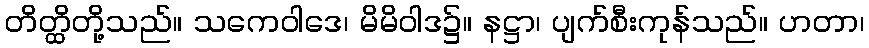
တိတ္ထိတို့သည်။ သကေဝါဒေ၊ မိမိဝါဒ၌။ နဋ္ဌာ၊ ပျက်စီးကုန်သည်။ ဟတာ၊